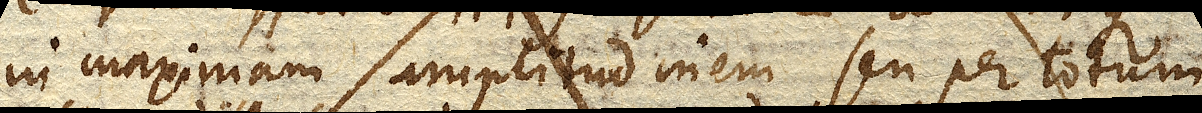
in maximam amplitudinem seu per totum